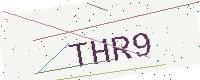
Text: THR9